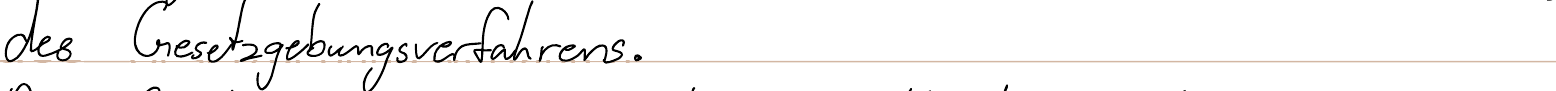
des Gesetzgebungsverfahrens.